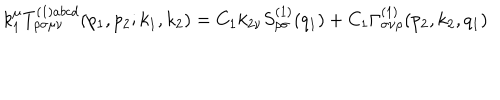
k _ { 1 } ^ { \mu } T _ { \rho \sigma \mu \nu } ^ { ( 1 ) a b c d } ( p _ { 1 } , p _ { 2 } ; k _ { 1 } , k _ { 2 } ) = C _ { 1 } k _ { 2 \nu } S _ { \rho \sigma } ^ { ( 1 ) } ( q _ { 1 } ) + C _ { 1 } \Gamma _ { \sigma \nu \rho } ^ { ( 1 ) } ( p _ { 2 } , k _ { 2 } , q _ { 1 } )